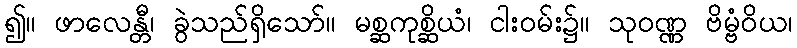
၍။ ဖာလေန္တီ၊ ခွဲသည်ရှိသော်။ မစ္ဆကုစ္ဆိယံ၊ ငါးဝမ်း၌။ သုဝဏ္ဏ ဗိမ္ဗံဝိယ၊